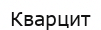
Кварцит